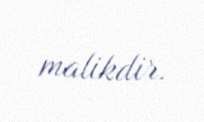
malikdir.